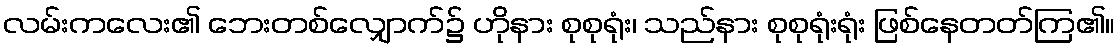
လမ်းကလေး၏ ဘေးတစ်လျှောက်၌ ဟိုနား စုစုရုံး၊ သည်နား စုစုရုံးရုံး ဖြစ်နေတတ်ကြ၏။